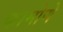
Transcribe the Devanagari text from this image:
कामोणे